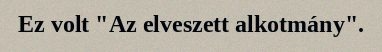
Ez volt "Az elveszett alkotmány".